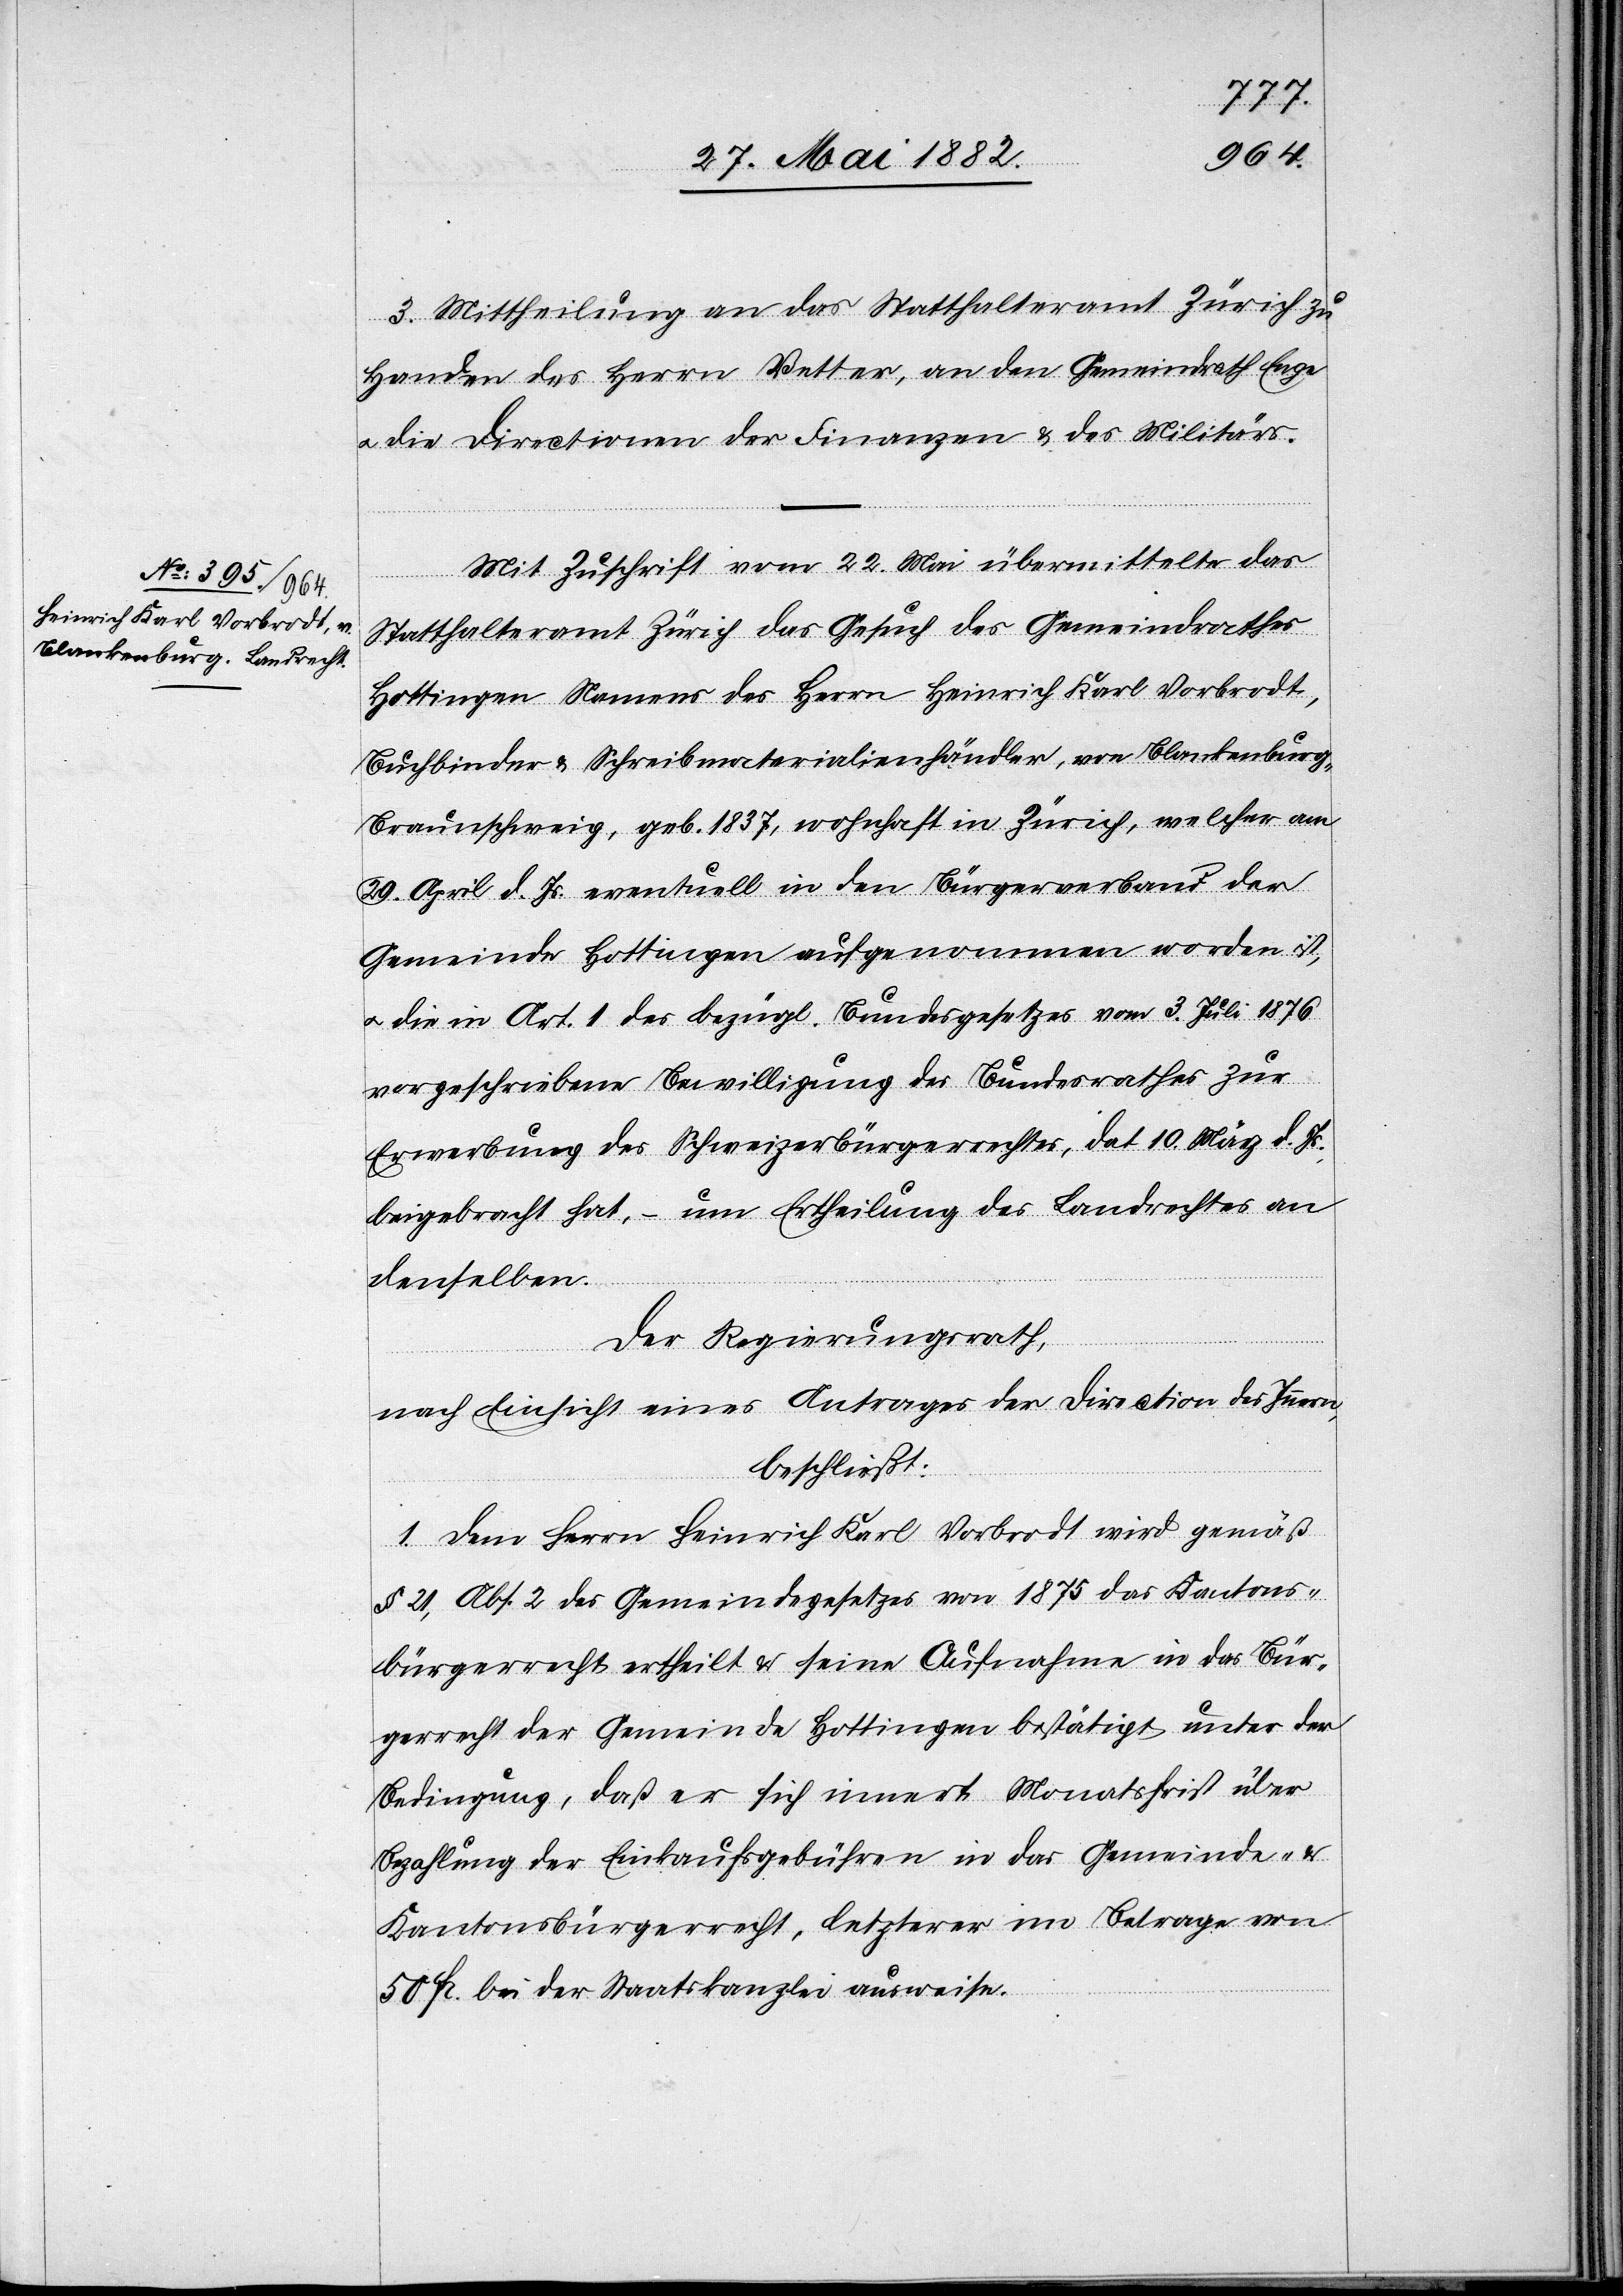
3. Mittheilung an das Statthalteramt Zürich zu
Handen des Herrn Vetter, an den Gemeindrath Enge
u. die Directionen der Finanzen & des Militärs.
Mit Zuschrift vom 22. Mai übermittelte das
Statthalteramt Zürich das Gesuch des Gemeindrathes
Hottingen Namens des Herrn Heinrich Karl Vorbrodt,
Buchbinder & Schreibmaterialhändler, von Blankenburg,
Braunschweig, geb. 1837, wohnhaft in Zürich, welcher am
29. April d. Js. eventuell in den Bürgerverband der
Gemeinde Hottingen aufgenommen worden ist,
u. die in Art. 1 des bezügl. Bundesgesetzes vom 3. Juli 1876
vorgeschriebene Bewilligung des Bundesrathes zur
Erwerbung des Schweizerbürgerrechtes, dat. 10. März d. Js.,
beigebracht hat, – um Ertheilung des Landrechts an
denselben.
Der Regierungsrath,
nach Einsicht eines Antrages der Direction des Innern,
beschließt:
1. Dem Herrn Heinrich Karl Vorbrodt wird gemäß
§ 21, Abs. 4 des Gemeindegesetzes von 1875 das Kantons¬
bürgerrecht ertheilt & seine Aufnahme in das Bür¬
gerrecht der Gemeinde Hottingen bestätigt unter der
Bedingung, daß er sich innert Monatsfrist über
Bezahlung der Einkaufsgebühren in das Gemeinde-
Kantonsbürgerrecht, letzterer im Betrage von
50 Fr. bei der Staatskanzlei ausweise.